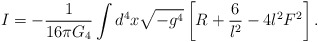
\begin{align*}I=-{1\over 16 \pi G_4}\int d^4x\sqrt{-g^4}\left[ R+{6\over l^2} -4l^2F^2\right].\end{align*}